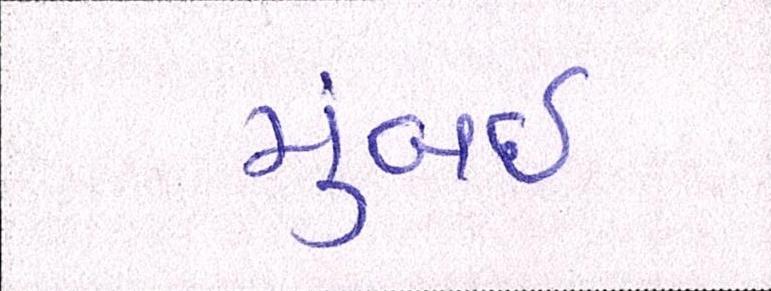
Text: મુંબઇઃ